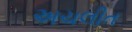
અચલીત